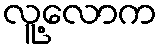
လူ့လောက